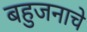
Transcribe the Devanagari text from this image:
बहुजनाचे